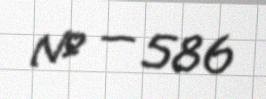
№ — 586